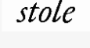
stole